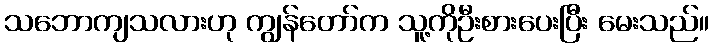
သဘောကျသလားဟု ကျွန်တော်က သူ့ကိုဦးစားပေးပြီး မေးသည်။